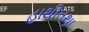
હાથીતથા